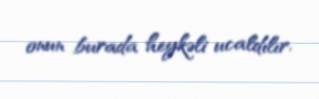
onun burada heykəli ucaldılır.